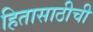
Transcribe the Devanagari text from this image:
हितासाठीची